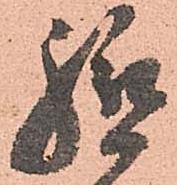
軈